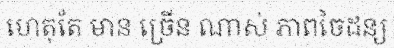
ហេតុតែ មាន ច្រើន ណាស់ ភាពចៃដន្យ